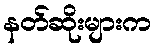
နတ်ဆိုးများက